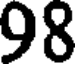
98